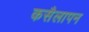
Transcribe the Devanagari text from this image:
कसैलापन